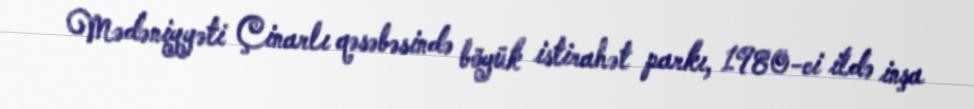
Mədəniyyəti Çinarlı qəsəbəsində böyük istirahət parkı, 1980-ci ildə inşa